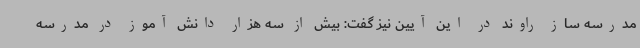
مدرسه ساز راوند در این آیین نیز گفت: بیش از سه هزار دانش آموز در مدرسه